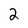
Character: 2